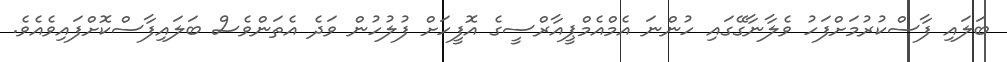
ބަލައި ފާސްކުރުމަށްފަހު ވެލާނާގޭގައި ހުންނަ އެމްއެމްޕީއާރްސީގެ އޮފީހަށް ފުލުހުން ވަދެ އެތަންވެސް ބަލައިފާސްކޮށްފައިވެއެވެ.